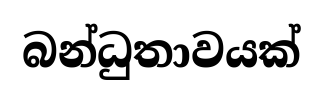
බන්ධුතාවයක්